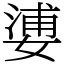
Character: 㜑